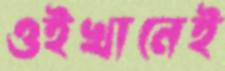
ওইখানেই